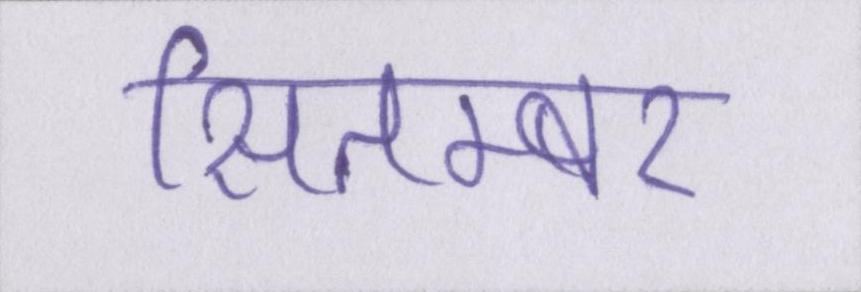
सितम्बर